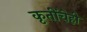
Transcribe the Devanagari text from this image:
कृतींचेही